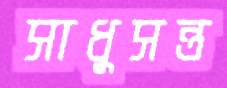
সাধুসন্ত